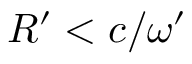
R ^ { \prime } < c / \omega ^ { \prime }